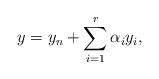
LaTeX: \begin{align*}y = y_n + \sum_{i = 1}^r \alpha_i y_i, \end{align*}